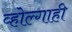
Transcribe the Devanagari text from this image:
व्होल्गाही